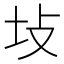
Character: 𪢺